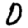
Digit: 0